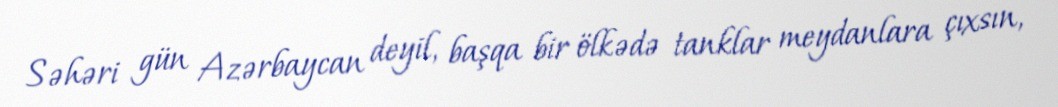
Səhəri gün Azərbaycan deyil, başqa bir ölkədə tanklar meydanlara çıxsın,